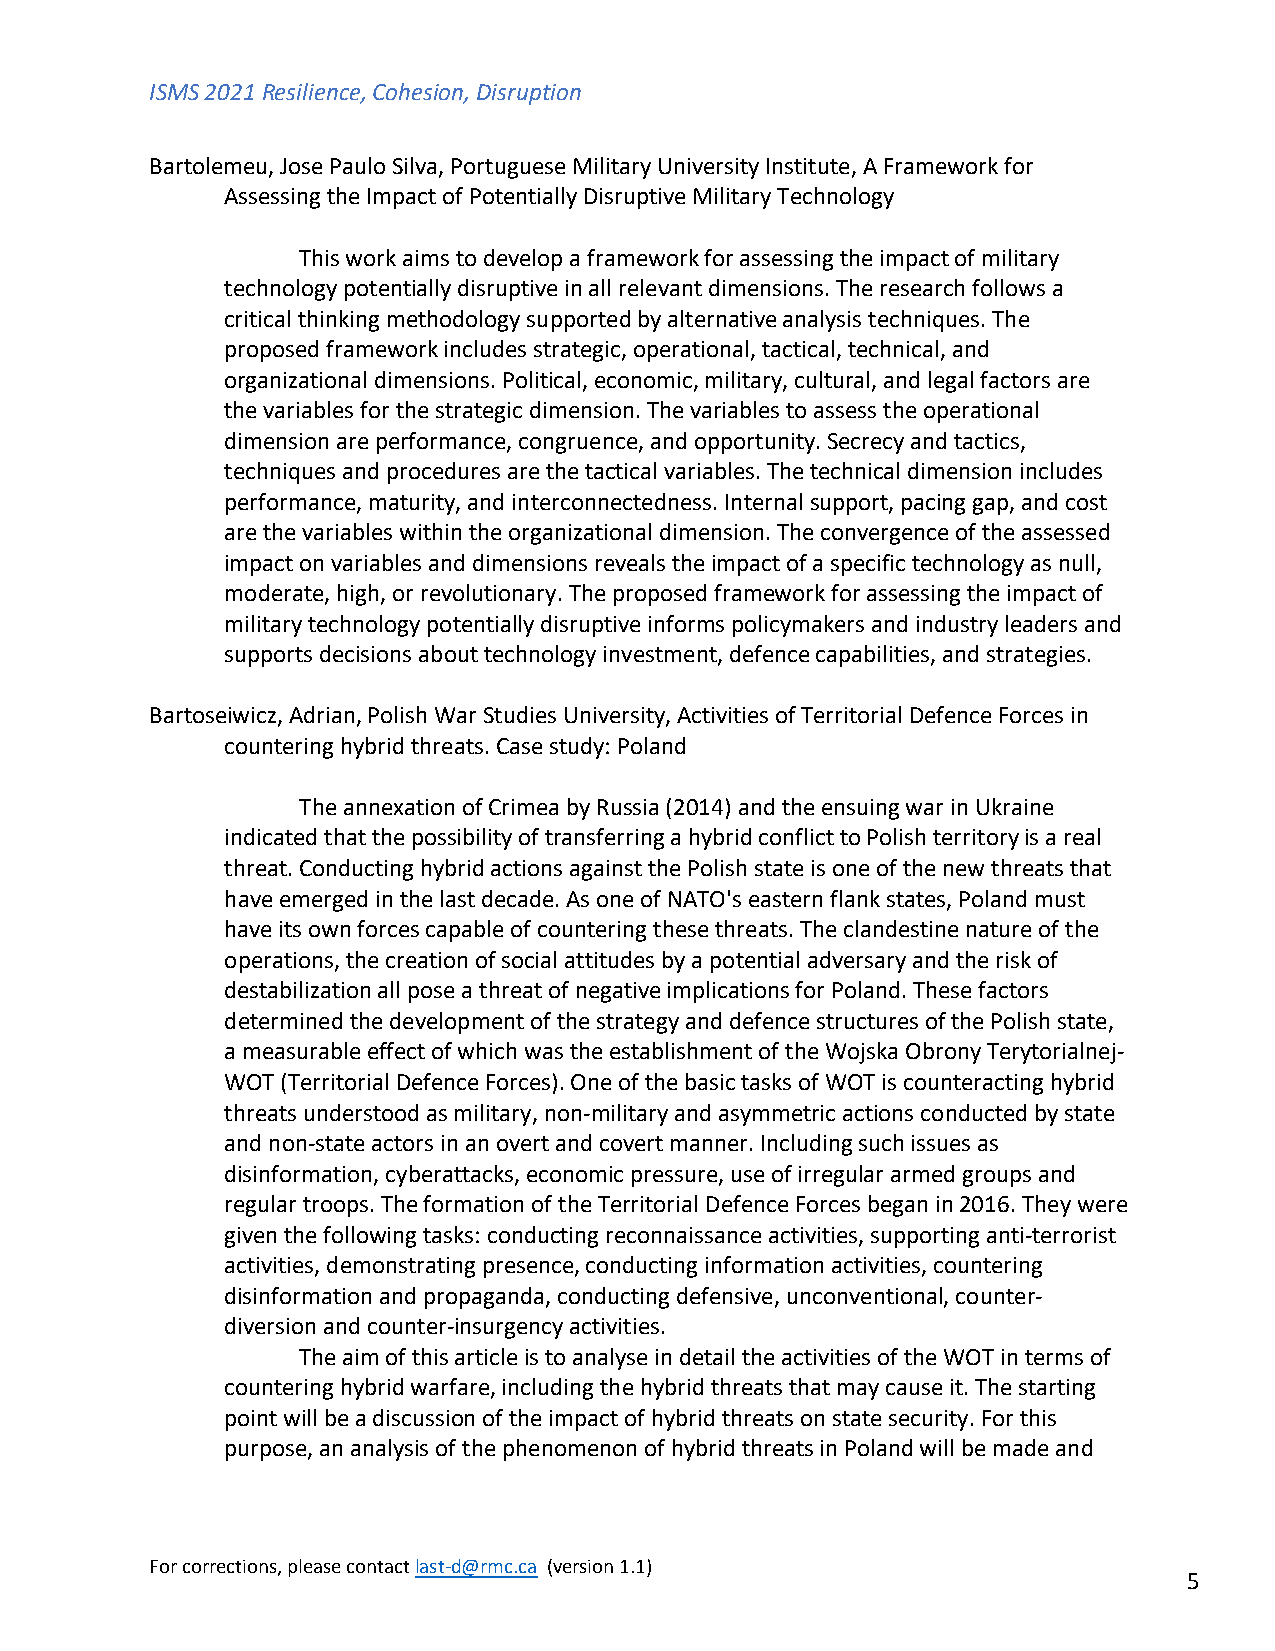
ISMS 2021 Resilience, Cohesion, Disruption
 Bartolemeu, Jose Paulo Silva, Portuguese Military University Institute, A Framework for
 Assessing the Impact of Potentially Disruptive Military Technology
 This work aims to develop a framework for assessing the impact of military
 technology potentially disruptive in all relevant dimensions. The research follows a
 critical thinking methodology supported by alternative analysis techniques. The
 proposed framework includes strategic, operational, tactical, technical, and
 organizational dimensions. Political, economic, military, cultural, and legal factors are
 the variables for the strategic dimension. The variables to assess the operational
 dimension are performance, congruence, and opportunity. Secrecy and tactics,
 techniques and procedures are the tactical variables. The technical dimension includes
 performance, maturity, and interconnectedness. Internal support, pacing gap, and cost
 are the variables within the organizational dimension. The convergence of the assessed
 impact on variables and dimensions reveals the impact of a specific technology as null,
 moderate, high, or revolutionary. The proposed framework for assessing the impact of
 military technology potentially disruptive informs policymakers and industry leaders and
 supports decisions about technology investment, defence capabilities, and strategies.
 Bartoseiwicz, Adrian, Polish War Studies University, Activities of Territorial Defence Forces in
 countering hybrid threats. Case study: Poland
 The annexation of Crimea by Russia (2014) and the ensuing war in Ukraine
 indicated that the possibility of transferring a hybrid conflict to Polish territory is a real
 threat. Conducting hybrid actions against the Polish state is one of the new threats that
 have emerged in the last decade. As one of NATO's eastern flank states, Poland must
 have its own forces capable of countering these threats. The clandestine nature of the
 operations, the creation of social attitudes by a potential adversary and the risk of
 destabilization all pose a threat of negative implications for Poland. These factors
 determined the development of the strategy and defence structures of the Polish state,
 a measurable effect of which was the establishment of the Wojska Obrony Terytorialnej-
 WOT (Territorial Defence Forces). One of the basic tasks of WOT is counteracting hybrid
 threats understood as military, non-military and asymmetric actions conducted by state
 and non-state actors in an overt and covert manner. Including such issues as
 disinformation, cyberattacks, economic pressure, use of irregular armed groups and
 regular troops. The formation of the Territorial Defence Forces began in 2016. They were
 given the following tasks: conducting reconnaissance activities, supporting anti-terrorist
 activities, demonstrating presence, conducting information activities, countering
 disinformation and propaganda, conducting defensive, unconventional, counter-
 diversion and counter-insurgency activities.
 The aim of this article is to analyse in detail the activities of the WOT in terms of
 countering hybrid warfare, including the hybrid threats that may cause it. The starting
 point will be a discussion of the impact of hybrid threats on state security. For this
 purpose, an analysis of the phenomenon of hybrid threats in Poland will be made and
 For corrections, please contact last-d@rmc.ca (version 1.1)
 5